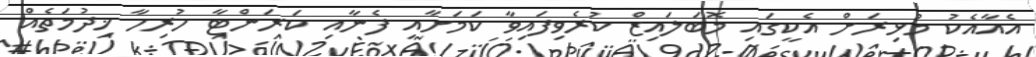
އެއާއެކު މުޅިރަށް އެކީގައި މޮބަލައިޒް ކުރެވިފައިވާ ކަމަށާއި ފެނާއި ކަރަންޓާ ހުރިހާ ޚިދުމަތެއް